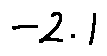
- 2 . 1